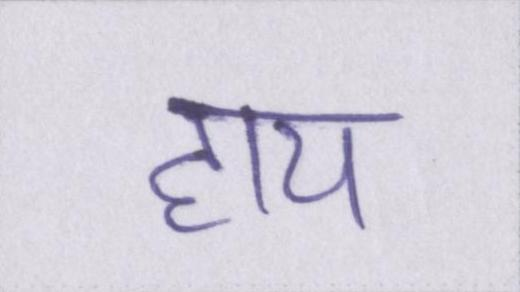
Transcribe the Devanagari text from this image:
हाय